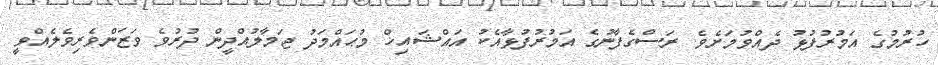
ހުރުމުގެ އަމުރުފުޅު ދެއްވުމަށެވެ. ރަސްގެފާނުގެ އަމުރުފުޅާއެކު އައްޝައިޚް މުޙައްމަދު ޖަމާލުއްދީން ދުރުވެ ވަޒަންވެރިވެލެއްވީ